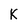
Character: K